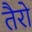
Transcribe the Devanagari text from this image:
तैरो